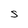
Character: S